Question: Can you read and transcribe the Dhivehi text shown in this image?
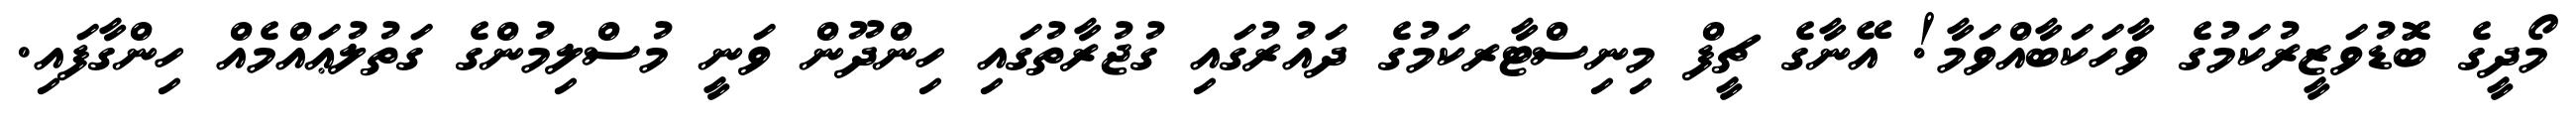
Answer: މޯދީގެ ބޮޮޑުވަޒީރުކަމުގެ ވާހަކަބާއްވަމާ! އޭނާގެ ޗީފް މިނިސްޓާރކަމުގެ ދައުރުގައި ގުޖުރާތުގައި ހިންދޫން ވަނީ މުސްލިމުންގެ ގަތުލުޢައްމެއް ހިންގާފައި.